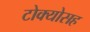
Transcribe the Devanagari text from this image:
टोक्योसह